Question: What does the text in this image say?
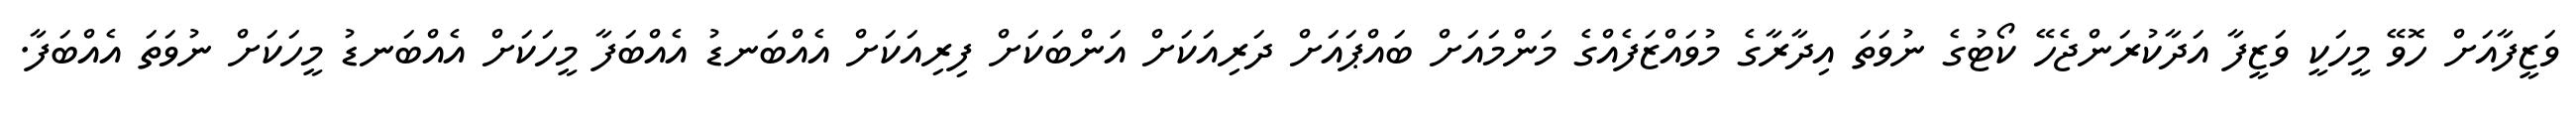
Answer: ވަޒީފާއަށް ހޮވޭ މީހަކީ ވަޒީފާ އަދާކުރަންޖެހޭ ކޯޓުގެ ނުވަތަ އިދާރާގެ މުވައްޒަފެއްގެ މަންމައަށް ބައްޕައަށް ދަރިއަކަށް އަންބަކަށް ފިރިއަކަށް އެއްބަނޑު އެއްބަފާ މީހަކަށް އެއްބަނޑު މީހަކަށް ނުވަތަ އެއްބަފާ.